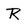
Character: R